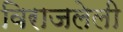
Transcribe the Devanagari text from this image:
विराजलेली